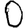
Digit: 0